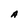
Character: A